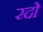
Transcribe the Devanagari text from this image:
रदो